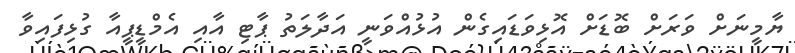
ޔާމީނަށް ވަރަށް ބޮޑަށް އޮޅިވަޑައިގެން އުޅުއްވަނީ އަދާލަތު ޕާޓި އާއި އެމްޑީޕީއާ ގުޅިފައިވާ